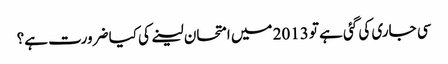
سی جاری کی گئی ہے تو 2013 میں امتحان لینے کی کیا ضرورت ہے؟